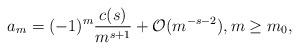
LaTeX: \begin{align*}a_m = (-1)^m \frac{c(s)}{m^{s+1}} + \mathcal{O}(m^{-s-2}), m\geq m_0,\end{align*}